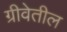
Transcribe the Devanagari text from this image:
ग्रीवेतील